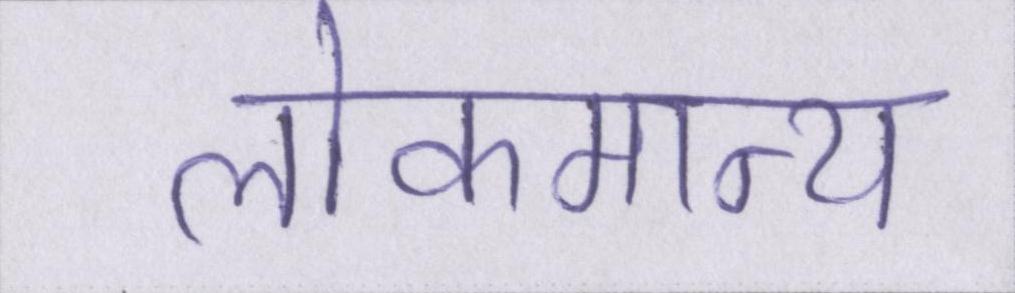
लोकमान्य